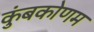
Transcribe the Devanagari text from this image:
कुंबकोणम